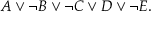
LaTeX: A \lor \neg B \lor \neg C \lor D \lor \neg E .